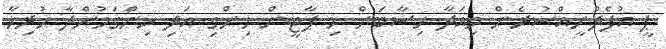
ޕީ އުފެދުނީއްސުރެން މިއަދާ ހިސާބަށް މި ޕާޓީން ހިންގި އަދި ހިންގަމުންދާ ހުރިހާ